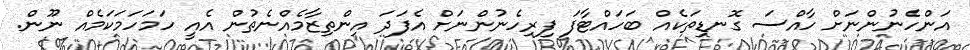
އަންހެނުންނަށް ހާއްސަ ގޮނޑިތަކެއް ބަހައްޓާފަ ފިރިހެނުންނަށް އެފަދަ އިންތިޒާމެއްނެތުން އެއީ ހަމަހަމަކަމެއް ނޫން.